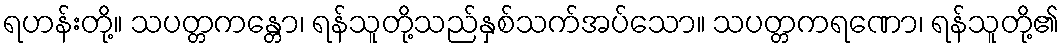
ရဟန်းတို့။ သပတ္တကန္တော၊ ရန်သူတို့သည်နှစ်သက်အပ်သော။ သပတ္တကရဏော၊ ရန်သူတို့၏